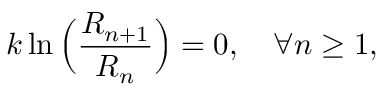
k \ln \Big ( { \frac { R _ { n + 1 } } { R _ { n } } } \Big ) = 0 , \quad \forall n \geq 1 ,